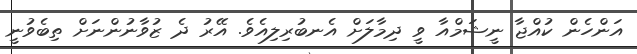
އަންހެން ކުއްޖާ ނީޝަމްއާ ވީ ދިމާލަށް އެނބުރިލިއެވެ. އޭރު ދެ ޒުވާނުންނަށް ތިބެވުނީ